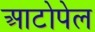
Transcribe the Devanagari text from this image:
आटोपेल